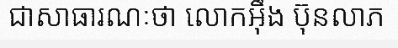
ជាសាធារណៈថា លោកអ៊ឹង ប៊ុនលាភ